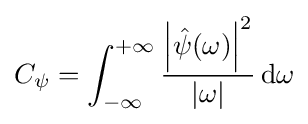
C_{\psi }=\int _{-\infty }^{+\infty }{\frac {\left|{\hat {\psi }}(\omega )\right|^{2}}{\left|\omega \right|}}\,\mathrm {d} \omega